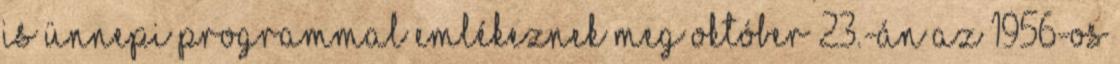
is ünnepi programmal emlékeznek meg október 23.-án az 1956-os